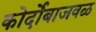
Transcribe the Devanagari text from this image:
कोर्दोबाजवळ